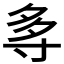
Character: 𭔯